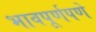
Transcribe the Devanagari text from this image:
भावपूर्णपणे